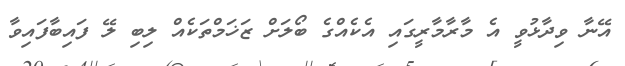
އޭނާ ވިދާޅުވީ އެ މާރާމާރީގައި އެކެއްގެ ބޯލަށް ޒަޚަމްތަކެއް ލިބި ލޭ ފައިބާފައިވާ